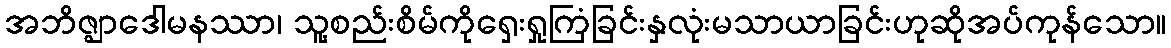
အဘိဇ္ဈာဒေါမနဿာ၊ သူ့စည်းစိမ်ကိုရှေးရှုကြံခြင်းနှလုံးမသာယာခြင်းဟုဆိုအပ်ကုန်သော။